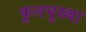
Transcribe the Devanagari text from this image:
फूलचुख्या